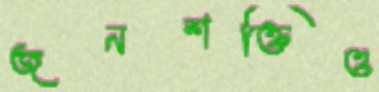
জনশক্তিও